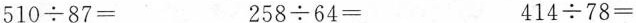
$$5 1 0 \div 8 7 =$$$$2 5 8 \div 6 4 =$$$$ 4 1 4 \div 7 8 =$$